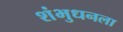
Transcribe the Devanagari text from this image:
शंभुधनला